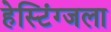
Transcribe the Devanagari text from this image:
हेस्टिंग्जला